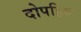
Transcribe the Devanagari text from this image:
दोपहिए